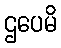
ဌပေမိ